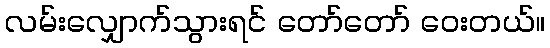
လမ်းလျှောက်သွားရင် တော်တော် ဝေးတယ်။